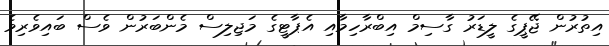
އިތުރުން ޖޭޕީގެ ލީޑަރު ގާސިމް އިބްރާހިމާއި އެޕާޓީގެ މަޖިލިސް މެންބަރުން ވެސް ބައިވެރިވެ